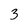
Character: 3